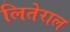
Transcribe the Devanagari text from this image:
लितेराल